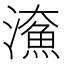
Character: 𤀸